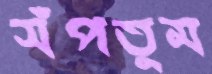
সঁপতুম